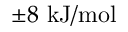
\pm 8 \ \mathrm { k J / m o l }